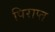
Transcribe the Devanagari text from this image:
पिराप्त